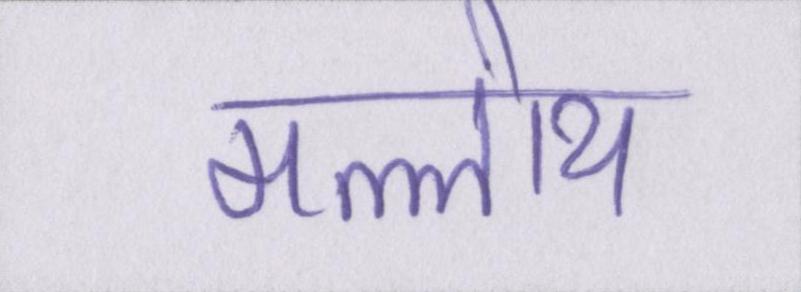
मल्लोय